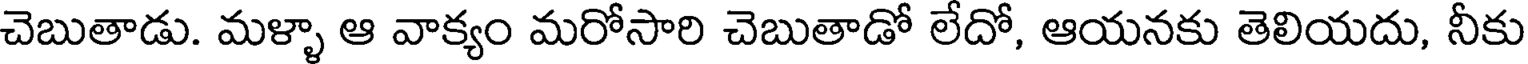
చెబుతాడు. మళ్ళా ఆ వాక్యం మరోసారి చెబుతాడో లేదో, ఆయనకు తెలియదు, నీకు